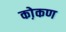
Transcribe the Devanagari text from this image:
को़कण